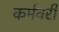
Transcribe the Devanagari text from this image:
कर्मवरी